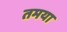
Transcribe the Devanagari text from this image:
तमया